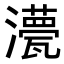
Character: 𭳡